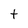
Character: t